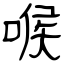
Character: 喉